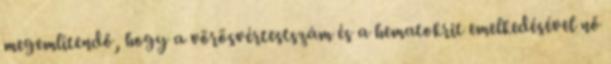
megemlítendő, hogy a vörösvértestszám és a hematokrit emelkedésével nő